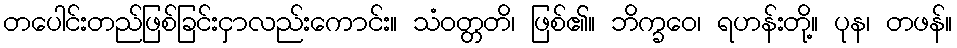
တပေါင်းတည်ဖြစ်ခြင်းငှာလည်းကောင်း။ သံဝတ္တတိ၊ ဖြစ်၏။ ဘိက္ခဝေ၊ ရဟန်းတို့။ ပုန၊ တဖန်။